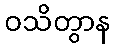
ဝသိတွာန